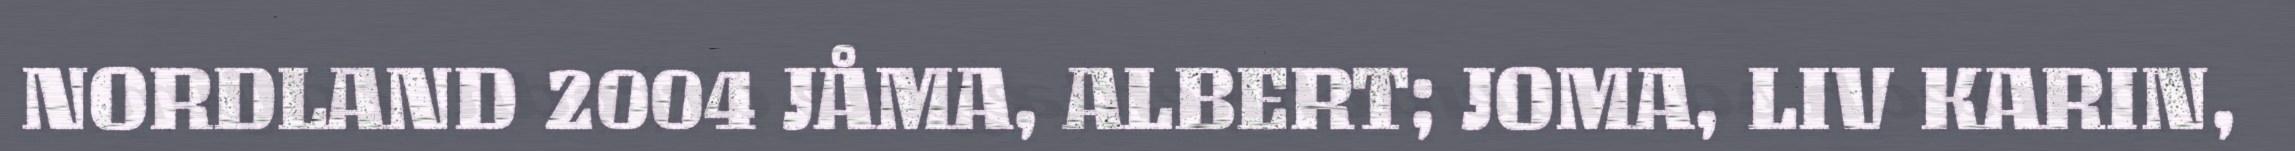
NORDLAND 2004 JÅMA, ALBERT; JOMA, LIV KARIN,